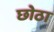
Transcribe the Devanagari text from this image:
छोठा